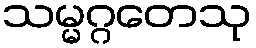
သမ္မဂ္ဂတေသု